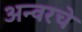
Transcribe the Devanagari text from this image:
अन्वरचे